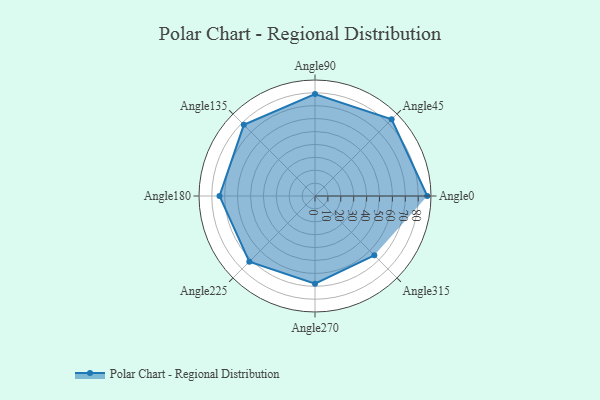
{"axis": {"x": "Angle", "y": "Radius"}, "legend": [""], "data": [{"x": "Angle0", "y": 87.0, "type": ""}, {"x": "Angle45", "y": 84.0, "type": ""}, {"x": "Angle90", "y": 79.0, "type": ""}, {"x": "Angle135", "y": 78.0, "type": ""}, {"x": "Angle180", "y": 74.0, "type": ""}, {"x": "Angle225", "y": 72.0, "type": ""}, {"x": "Angle270", "y": 68.0, "type": ""}, {"x": "Angle315", "y": 65.0, "type": ""}]}